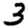
Digit: 3